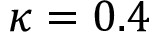
\kappa = 0 . 4